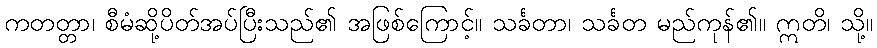
ကတတ္တာ၊ စီမံဆို့ပိတ်အပ်ပြီးသည်၏ အဖြစ်ကြောင့်။ သင်္ခတာ၊ သင်္ခတ မည်ကုန်၏။ ဣတိ၊ သို့။